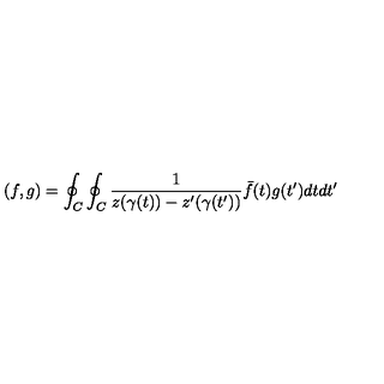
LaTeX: \left( f , g \right) = \oint _ { C } \oint _ { C } \frac { 1 } { z ( \gamma ( t ) ) - z ^ { \prime } ( \gamma ( t ^ { \prime } ) ) } \bar { f } ( t ) g ( t ^ { \prime } ) d t d t ^ { \prime }